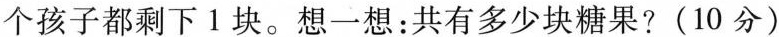
个孩子都剩下1块。想一想：共有多少块糖果?(10分)